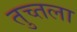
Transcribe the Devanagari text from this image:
तुच्तला